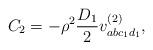
LaTeX: \begin{align*}C_2 = - \rho^2 \frac{D_1}{2} v^{(2)}_{abc_1 d_1},\end{align*}